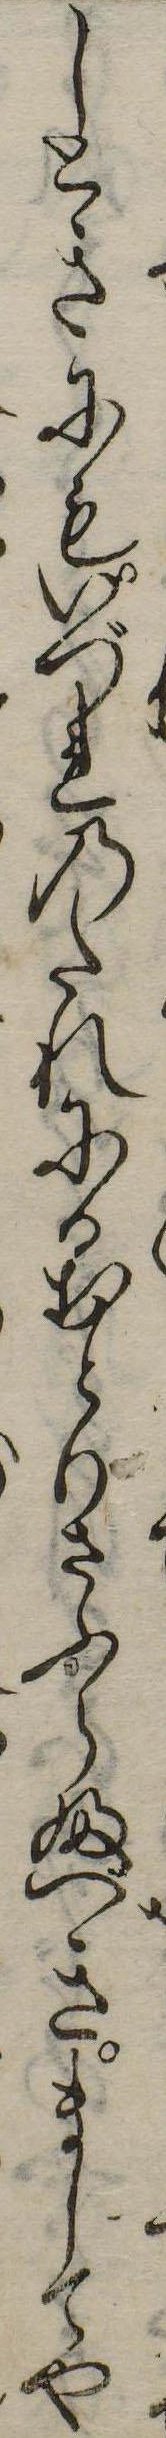
しときにもいづれのたれにかおとりさふらふべきましてや